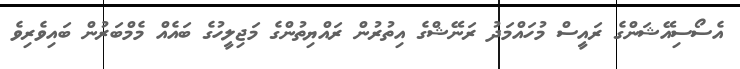
އެސޯސިއޭޝަންގެ ރައީސް މުހައްމަދު ރަނޭޝްގެ އިތުރުން ރައްޔިތުންގެ މަޖިލީހުގެ ބައެއް މެމްބަރުން ބައިވެރިވެ